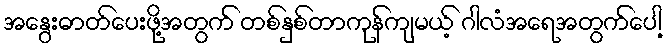
အနွေးဓာတ်ပေးဖို့အတွက် တစ်နှစ်တာကုန်ကျမယ့် ဂါလံအရေအတွက်ပေါ့